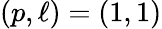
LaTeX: (p,\ell)=(1,1)